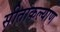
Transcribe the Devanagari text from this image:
सीताकल्याण